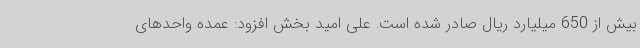
بیش از 650 میلیارد ریال صادر شده است. علی امید بخش افزود: عمده واحدهای